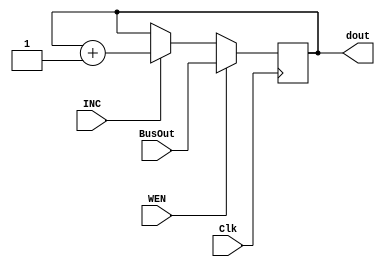
module Reg_module_WI //write, increment enable /PC, C2, C3
#(parameter WIDTH = 8)
(Clk, WEN,INC,BusOut,dout);
input Clk, WEN,INC;
input [WIDTH-1:0] BusOut;
output [WIDTH-1:0] dout;
reg [WIDTH-1:0] value;

initial begin
    value <= 8'b0;
end
always @(negedge Clk) 
begin

    if (WEN) value <= BusOut;
    else if (INC) value <= dout + 8'b1;       
end

assign dout=value;
    
endmodule